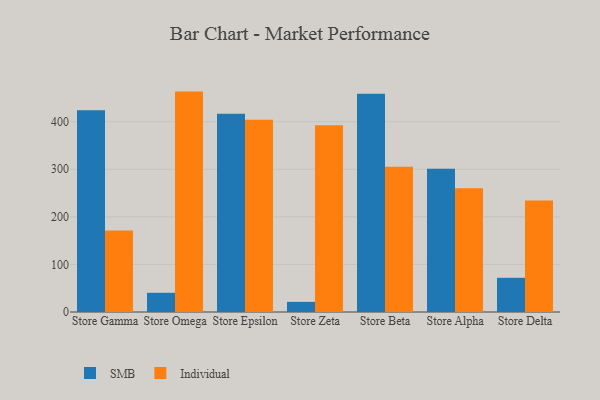
{"axis": {"x": "Store", "y": "Conversion Rate (%)"}, "legend": ["Individual", "SMB"], "data": [{"x": "Store Gamma", "y": 423.9, "type": "SMB"}, {"x": "Store Gamma", "y": 171.3, "type": "Individual"}, {"x": "Store Omega", "y": 40.4, "type": "SMB"}, {"x": "Store Omega", "y": 463.3, "type": "Individual"}, {"x": "Store Epsilon", "y": 416.9, "type": "SMB"}, {"x": "Store Epsilon", "y": 404.3, "type": "Individual"}, {"x": "Store Zeta", "y": 21.3, "type": "SMB"}, {"x": "Store Zeta", "y": 392.6, "type": "Individual"}, {"x": "Store Beta", "y": 458.9, "type": "SMB"}, {"x": "Store Beta", "y": 305.3, "type": "Individual"}, {"x": "Store Alpha", "y": 301.1, "type": "SMB"}, {"x": "Store Alpha", "y": 260.2, "type": "Individual"}, {"x": "Store Delta", "y": 71.9, "type": "SMB"}, {"x": "Store Delta", "y": 234.4, "type": "Individual"}]}